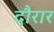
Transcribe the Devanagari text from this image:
दौरार